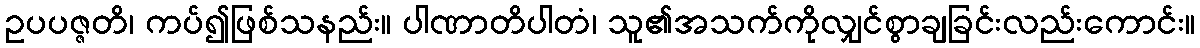
ဥပပဇ္ဇတိ၊ ကပ်၍ဖြစ်သနည်း။ ပါဏာတိပါတံ၊ သူ၏အသက်ကိုလျှင်စွာချခြင်းလည်းကောင်း။